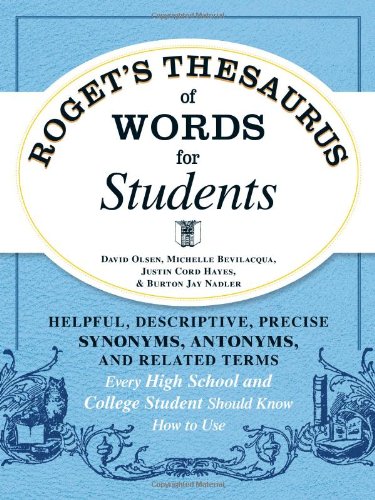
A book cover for Roget's Thesaurus of Words for Students: Helpful, Descriptive, Precise Synonyms, Antonyms, and Related Terms Every High School and College Student Should Know How to Use; David Olsen; Reference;